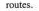
routes